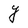
Character: Y